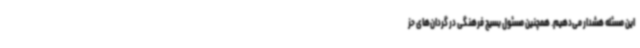
این مسئله هشدار می‌دهیم. همچنین مسئول بسیج فرهنگی در گردان‌های حز